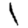
Digit: 1